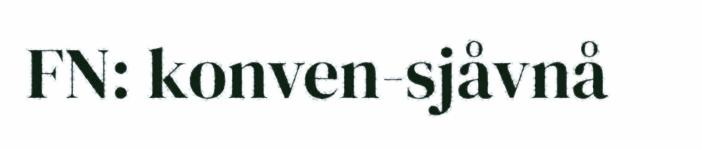
FN: konven-sjåvnå